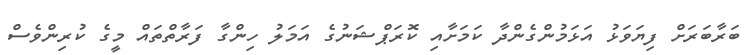
ބަރާބަރަށް ފިޔަވަޅު އަޅަމުންގެންދާ ކަމަށާއި ކޮރަޕްޝަނުގެ އަމަލު ހިންގާ ފަރާތްތައް މީގެ ކުރިންވެސް